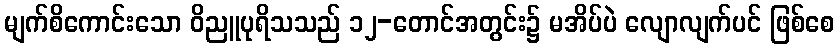
မျက်စိကောင်းသော ဝိညူပုရိသသည် ၁၂-တောင်အတွင်း၌ မအိပ်ပဲ လျောလျက်ပင် ဖြစ်စေ